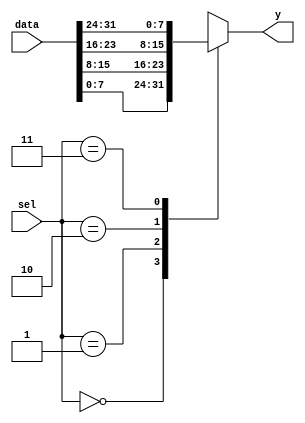
module bn_mux_n_1_generate 
#( parameter  DATA_WIDTH = 8,
   parameter  SEL_WIDTH   = 2) 
(
    input   [((2**SEL_WIDTH)*DATA_WIDTH)-1:0] data,
    input   [SEL_WIDTH-1:0]                   sel,   
    output  [DATA_WIDTH-1:0]                  y
);

wire    [DATA_WIDTH-1:0] tmp_array [0:(2**SEL_WIDTH)-1];

genvar i;
generate
    for(i=0; i<2**SEL_WIDTH; i=i+1) 
    begin: gen_array
        assign  tmp_array[i] = data[((i+1)*DATA_WIDTH)-1:(i*DATA_WIDTH)];
    end
endgenerate

    assign  y =  tmp_array[sel];

endmodule


module bn_selector_n_1_generate 
#( parameter  DATA_WIDTH = 8,
   parameter  INPUT_CHANNELS   = 2) 
(
    input   [(INPUT_CHANNELS*DATA_WIDTH)-1:0] data,
    input   [INPUT_CHANNELS-1:0]              sel,   
    output  [DATA_WIDTH-1:0]                  y
);

genvar i;
generate
    for(i=0;i<INPUT_CHANNELS;i=i+1) 
    begin: gen_array
        assign y = sel[i] ? data[((i+1)*DATA_WIDTH)-1:(i*DATA_WIDTH)] : {DATA_WIDTH{1'bx}};
    end
endgenerate

endmodule

module lab4
(
    input   [ 1:0]  KEY,
    input   [ 9:0]  SW,
    output  [ 9:0]  LEDR
);

    bn_mux_n_1_generate #(2,2) bn_mux_n_1_generate (.data({SW[7:6],SW[5:4],SW[3:2],SW[1:0]}), .sel(KEY[1:0]), .y(LEDR[1:0]));
    bn_selector_n_1_generate #(4,2) bn_selector_n_1_generate (.data({SW[7:4],SW[3:0]}), .sel(SW[9:8]), .y(LEDR[9:6]));

endmodule